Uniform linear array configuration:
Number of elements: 16
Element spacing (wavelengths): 1
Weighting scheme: binomial
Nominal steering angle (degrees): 15
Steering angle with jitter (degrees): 13.696
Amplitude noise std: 0.05
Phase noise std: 0.05

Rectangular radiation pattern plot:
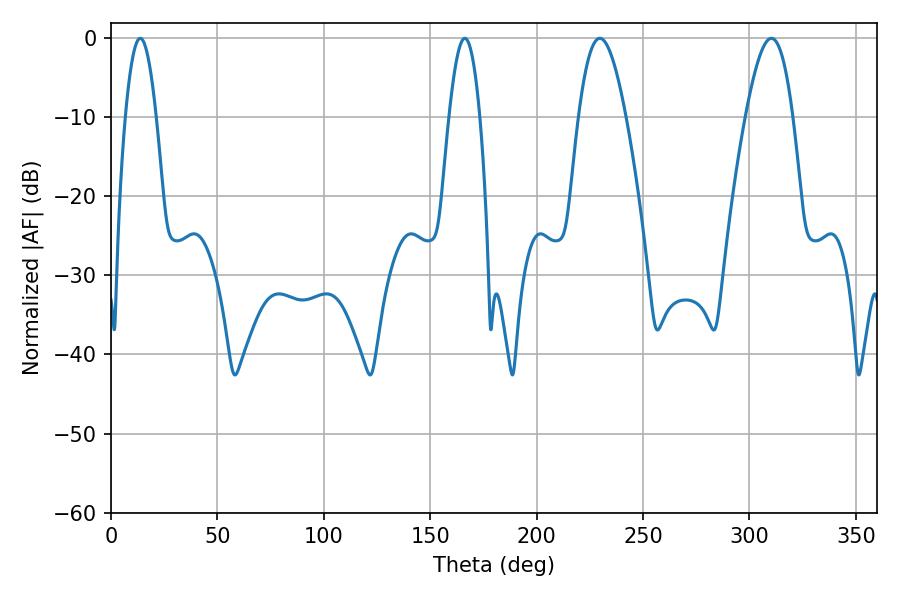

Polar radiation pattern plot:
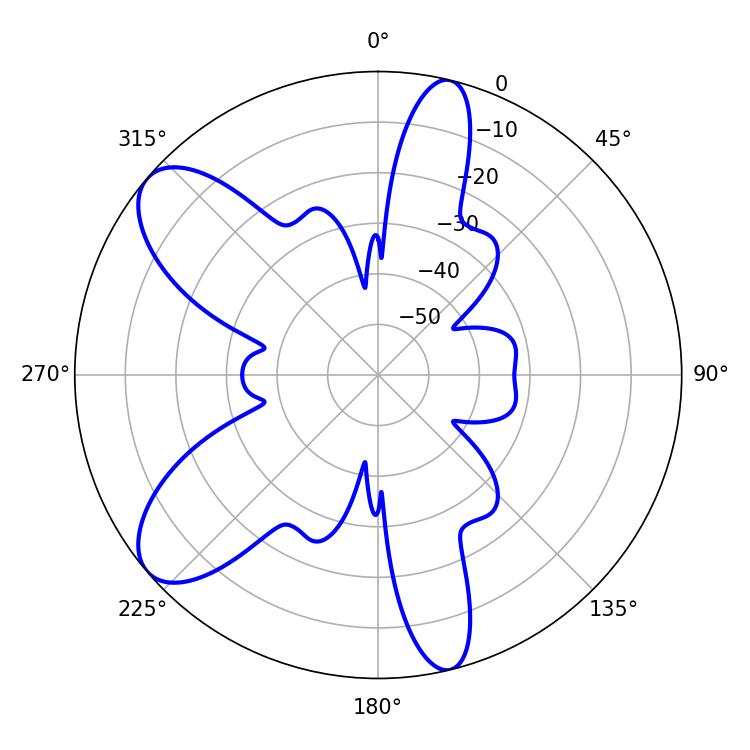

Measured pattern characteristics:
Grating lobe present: TRUE
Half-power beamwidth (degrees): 11.88
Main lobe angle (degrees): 229.68